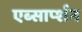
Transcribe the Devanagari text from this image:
एब्सार्प्शन